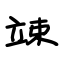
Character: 竦